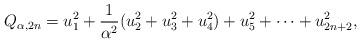
LaTeX: \begin{align*}Q_{\alpha,2n} = u_1^2 + \frac{1}{\alpha^2} (u_2^2 + u_3^2 +u_4^2) + u_5^2 + \cdots + u_{2n+2}^2, \end{align*}